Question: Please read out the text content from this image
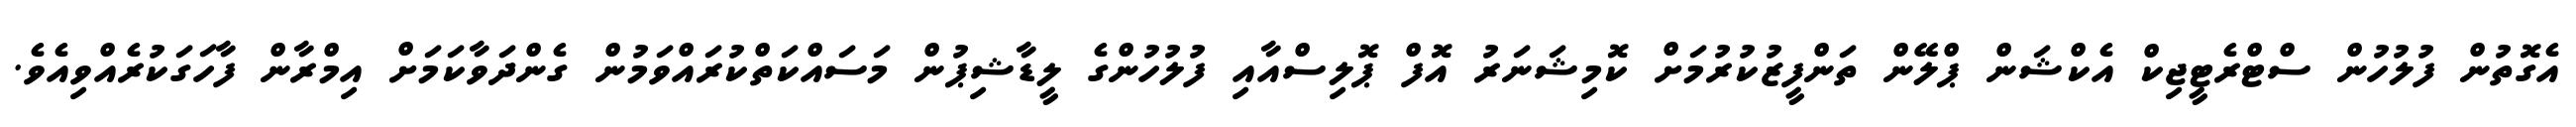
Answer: އެގޮތުން ފުލުހުން ސްޓްރެޓީޖިކް އެކްޝަން ޕްލޭން ތަންފީޒުކުރުމަށް ކޮމިޝަނަރު އޮފް ޕޮލިސްއާއި ފުލުހުންގެ ލީޑާޝިޕުން މަސައްކަތްކުރައްވަމުން ގެންދަވާކަމަށް އިމްރާން ފާހަގަކުރެއްވިއެވެ.